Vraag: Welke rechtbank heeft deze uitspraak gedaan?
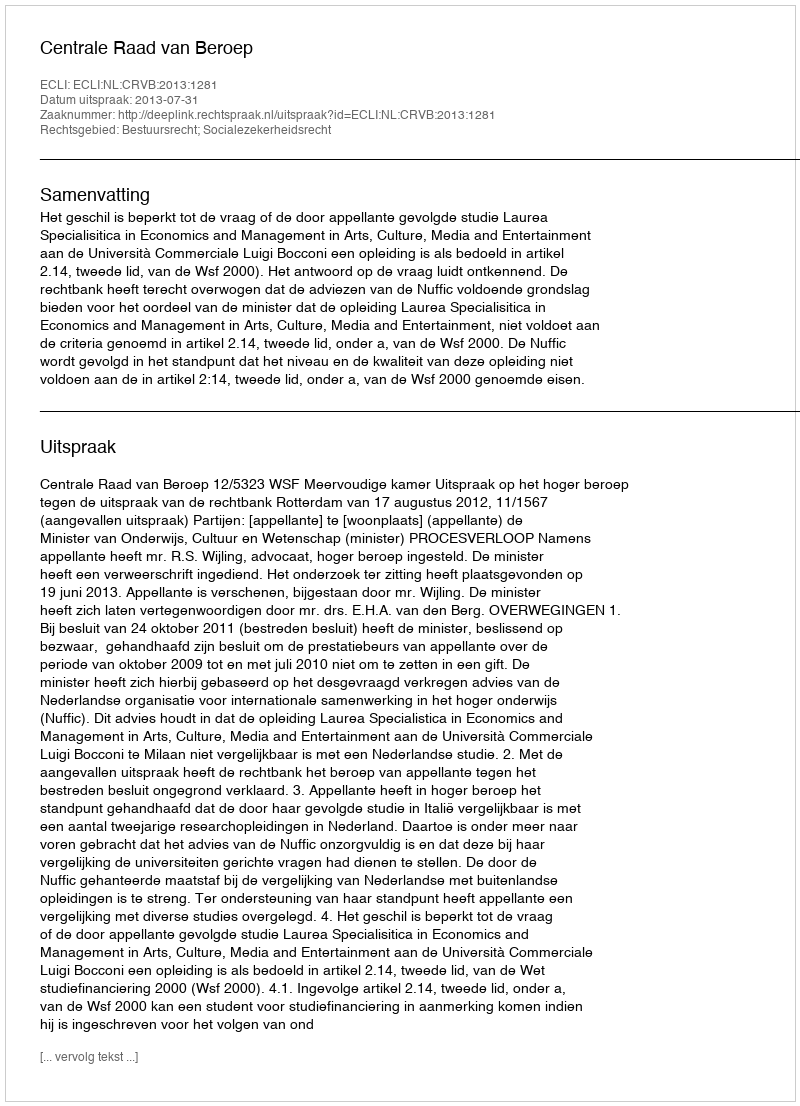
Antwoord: Centrale Raad van Beroep